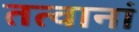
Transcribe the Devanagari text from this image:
तत्वानां